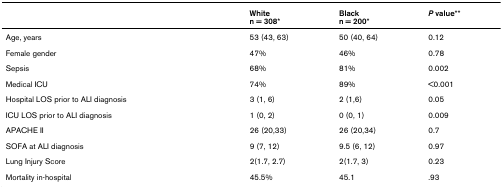
<table><thead><tr><td></td><td><b>Whiten = 308*</b></td><td><b>Blackn = 200*</b></td><td><b><i>P </i>value**</b></td></tr></thead><tbody><tr><td>Age, years</td><td>53 (43, 63)</td><td>50 (40, 64)</td><td>0.12</td></tr><tr><td>Female gender</td><td>47%</td><td>46%</td><td>0.78</td></tr><tr><td>Sepsis</td><td>68%</td><td>81%</td><td>0.002</td></tr><tr><td>Medical ICU</td><td>74%</td><td>89%</td><td>&lt;0.001</td></tr><tr><td>Hospital LOS prior to ALI diagnosis</td><td>3 (1, 6)</td><td>2 (1,6)</td><td>0.05</td></tr><tr><td>ICU LOS prior to ALI diagnosis</td><td>1 (0, 2)</td><td>0 (0, 1)</td><td>0.009</td></tr><tr><td>APACHE II</td><td>26 (20,33)</td><td>26 (20,34)</td><td>0.7</td></tr><tr><td>SOFA at ALI diagnosis</td><td>9 (7, 12)</td><td>9.5 (6, 12)</td><td>0.97</td></tr><tr><td>Lung Injury Score</td><td>2(1.7, 2.7)</td><td>2(1.7, 3)</td><td>0.23</td></tr><tr><td>Mortality in-hospital</td><td>45.5%</td><td>45.1</td><td>.93</td></tr></tbody></table>